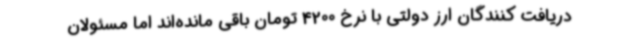
دریافت کنندگان ارز دولتی با نرخ 4200 تومان باقی مانده‌اند اما مسئولان